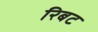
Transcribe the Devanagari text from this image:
रिबट